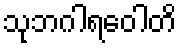
သုဘဂါရဝေါတိ